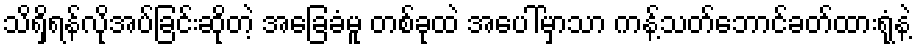
သိရှိရန်လိုအပ်ခြင်းဆိုတဲ့ အခြေခံမူ တစ်ခုထဲ အပေါ်မှာသာ ကန့်သတ်ဘောင်ခတ်ထားရုံနဲ့